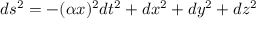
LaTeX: d s ^ { 2 } = - ( \alpha x ) ^ { 2 } d t ^ { 2 } + d x ^ { 2 } + d y ^ { 2 } + d z ^ { 2 }